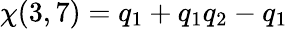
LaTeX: \chi(3,7)=q_{1}+q_{1}q_{2}-q_{1}